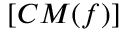
[ C M ( f ) ]